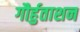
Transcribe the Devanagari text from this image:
गौर्हुताशन